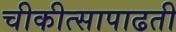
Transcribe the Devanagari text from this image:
चीकीत्सापाढती